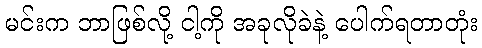
မင်းက ဘာဖြစ်လို့ ငါ့ကို အခုလိုခဲနဲ့ ပေါက်ရတာတုံး